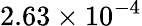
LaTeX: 2.63\times 10^{-4}